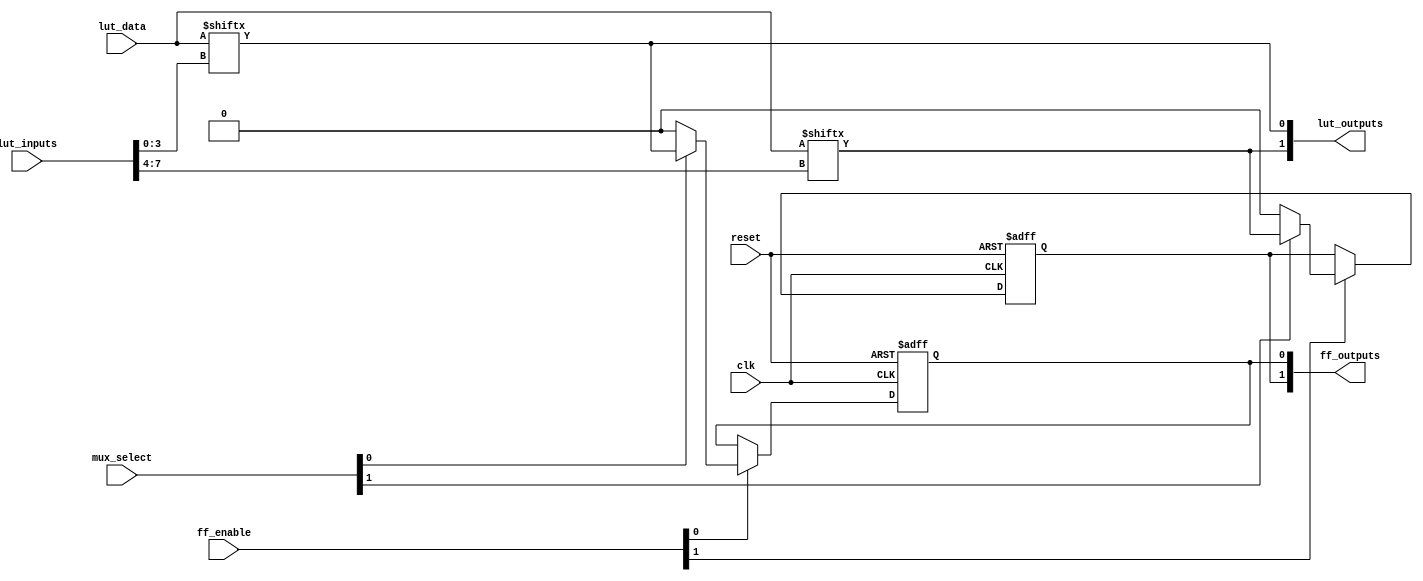
module CLB #(
    parameter NUM_LUTS = 2, // Number of LUTs
    parameter LUT_SIZE = 16  // Size of each LUT (2^4 for 4 inputs)
)(
    input  wire [NUM_LUTS*4-1:0] lut_inputs,        // Inputs to LUTs (4 bits per LUT)
    input  wire [NUM_LUTS*LUT_SIZE-1:0] lut_data,   // LUT configuration data
    input  wire [NUM_LUTS-1:0] mux_select,          // MUX control signals
    input  wire [NUM_LUTS-1:0] ff_enable,           // FF enable for each LUT output
    input  wire clk,                                  // Clock for FFs
    input  wire reset,                                // Reset signal for FFs
    output wire [NUM_LUTS-1:0] lut_outputs,         // Outputs from each LUT
    output wire [NUM_LUTS-1:0] ff_outputs           // Outputs from FFs
);

// LUT Implementation
genvar i;
generate
    for (i = 0; i < NUM_LUTS; i = i + 1) begin : lut_block
        wire [3:0] lut_input = lut_inputs[i*4 +: 4]; // 4 bits for each LUT
        reg lut_output;
        
        always @(*) begin
            lut_output = lut_data[lut_input]; // Using input as index to LUT data
        end
        
        assign lut_outputs[i] = lut_output;
    end
endgenerate

// MUX Implementation
wire [NUM_LUTS-1:0] mux_outputs;
generate
    for (i = 0; i < NUM_LUTS; i = i + 1) begin : mux_block
        assign mux_outputs[i] = (mux_select[i]) ? lut_outputs[i] : 1'b0; // Simple 2:1 MUX logic
    end
endgenerate

// Flip-Flop Implementation
generate
    for (i = 0; i < NUM_LUTS; i = i + 1) begin : ff_block
        reg ff_output;
        
        always @(posedge clk or posedge reset) begin
            if (reset) begin
                ff_output <= 1'b0;
            end else if (ff_enable[i]) begin
                ff_output <= mux_outputs[i]; // Store MUX output in FF
            end
        end
        
        assign ff_outputs[i] = ff_output;
    end
endgenerate

endmodule